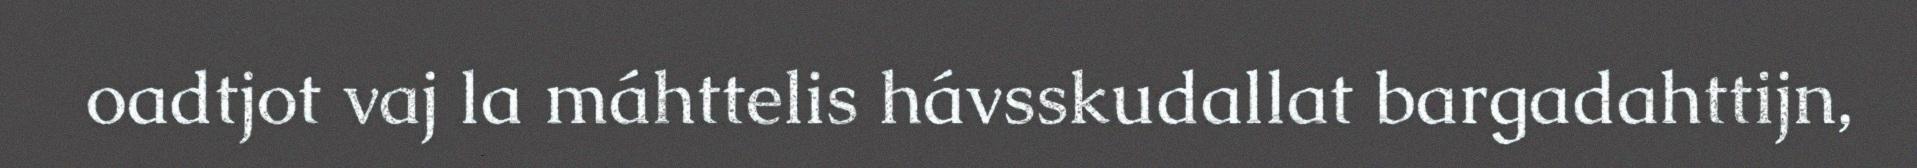
oadtjot vaj la máhttelis hávsskudallat bargadahttijn,